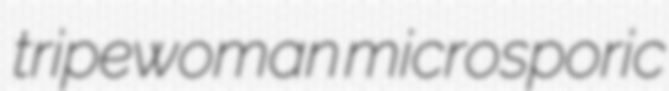
tripewoman microsporic